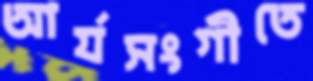
আর্যসংগীতে